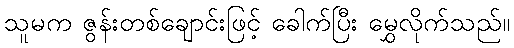
သူမက ဇွန်းတစ်ချောင်းဖြင့် ခေါက်ပြီး မွှေလိုက်သည်။